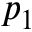
p _ { 1 }